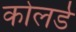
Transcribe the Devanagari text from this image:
कोलर्ड